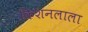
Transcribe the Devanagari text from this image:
किशनलाला